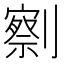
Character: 𰅄